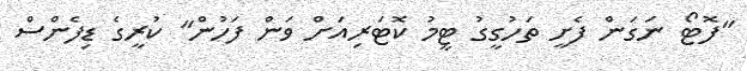
"ފޮޓޯ ނަގަން ފެށީ ތަހުގީގު ޓީމު ކޮޓަރިއަށް ވަން ފަހުން" ކުރީގެ ޑިފެންސް